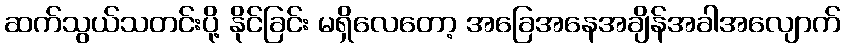
ဆက်သွယ်သတင်းပို့ နိုင်ခြင်း မရှိလေတော့ အခြေအနေအချိန်အခါအလျောက်